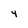
Character: 4